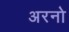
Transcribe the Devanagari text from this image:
अरनो